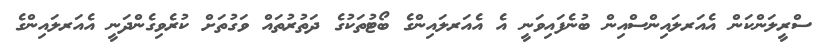
ސްރީލަންކަން އެއަރލައިންސްއިން ބުނެފައިވަނީ އެ އެއަރލައިންގެ ބޯޓުތަކުގެ ދަތުރުތައް ވަގުތަށް ކުރެވިގެންދަނީ އެއަރލައިންގެ